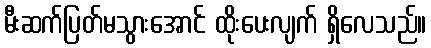
မီးဆက်ပြတ်မသွားအောင် ထိုးပေးလျက် ရှိလေသည်။